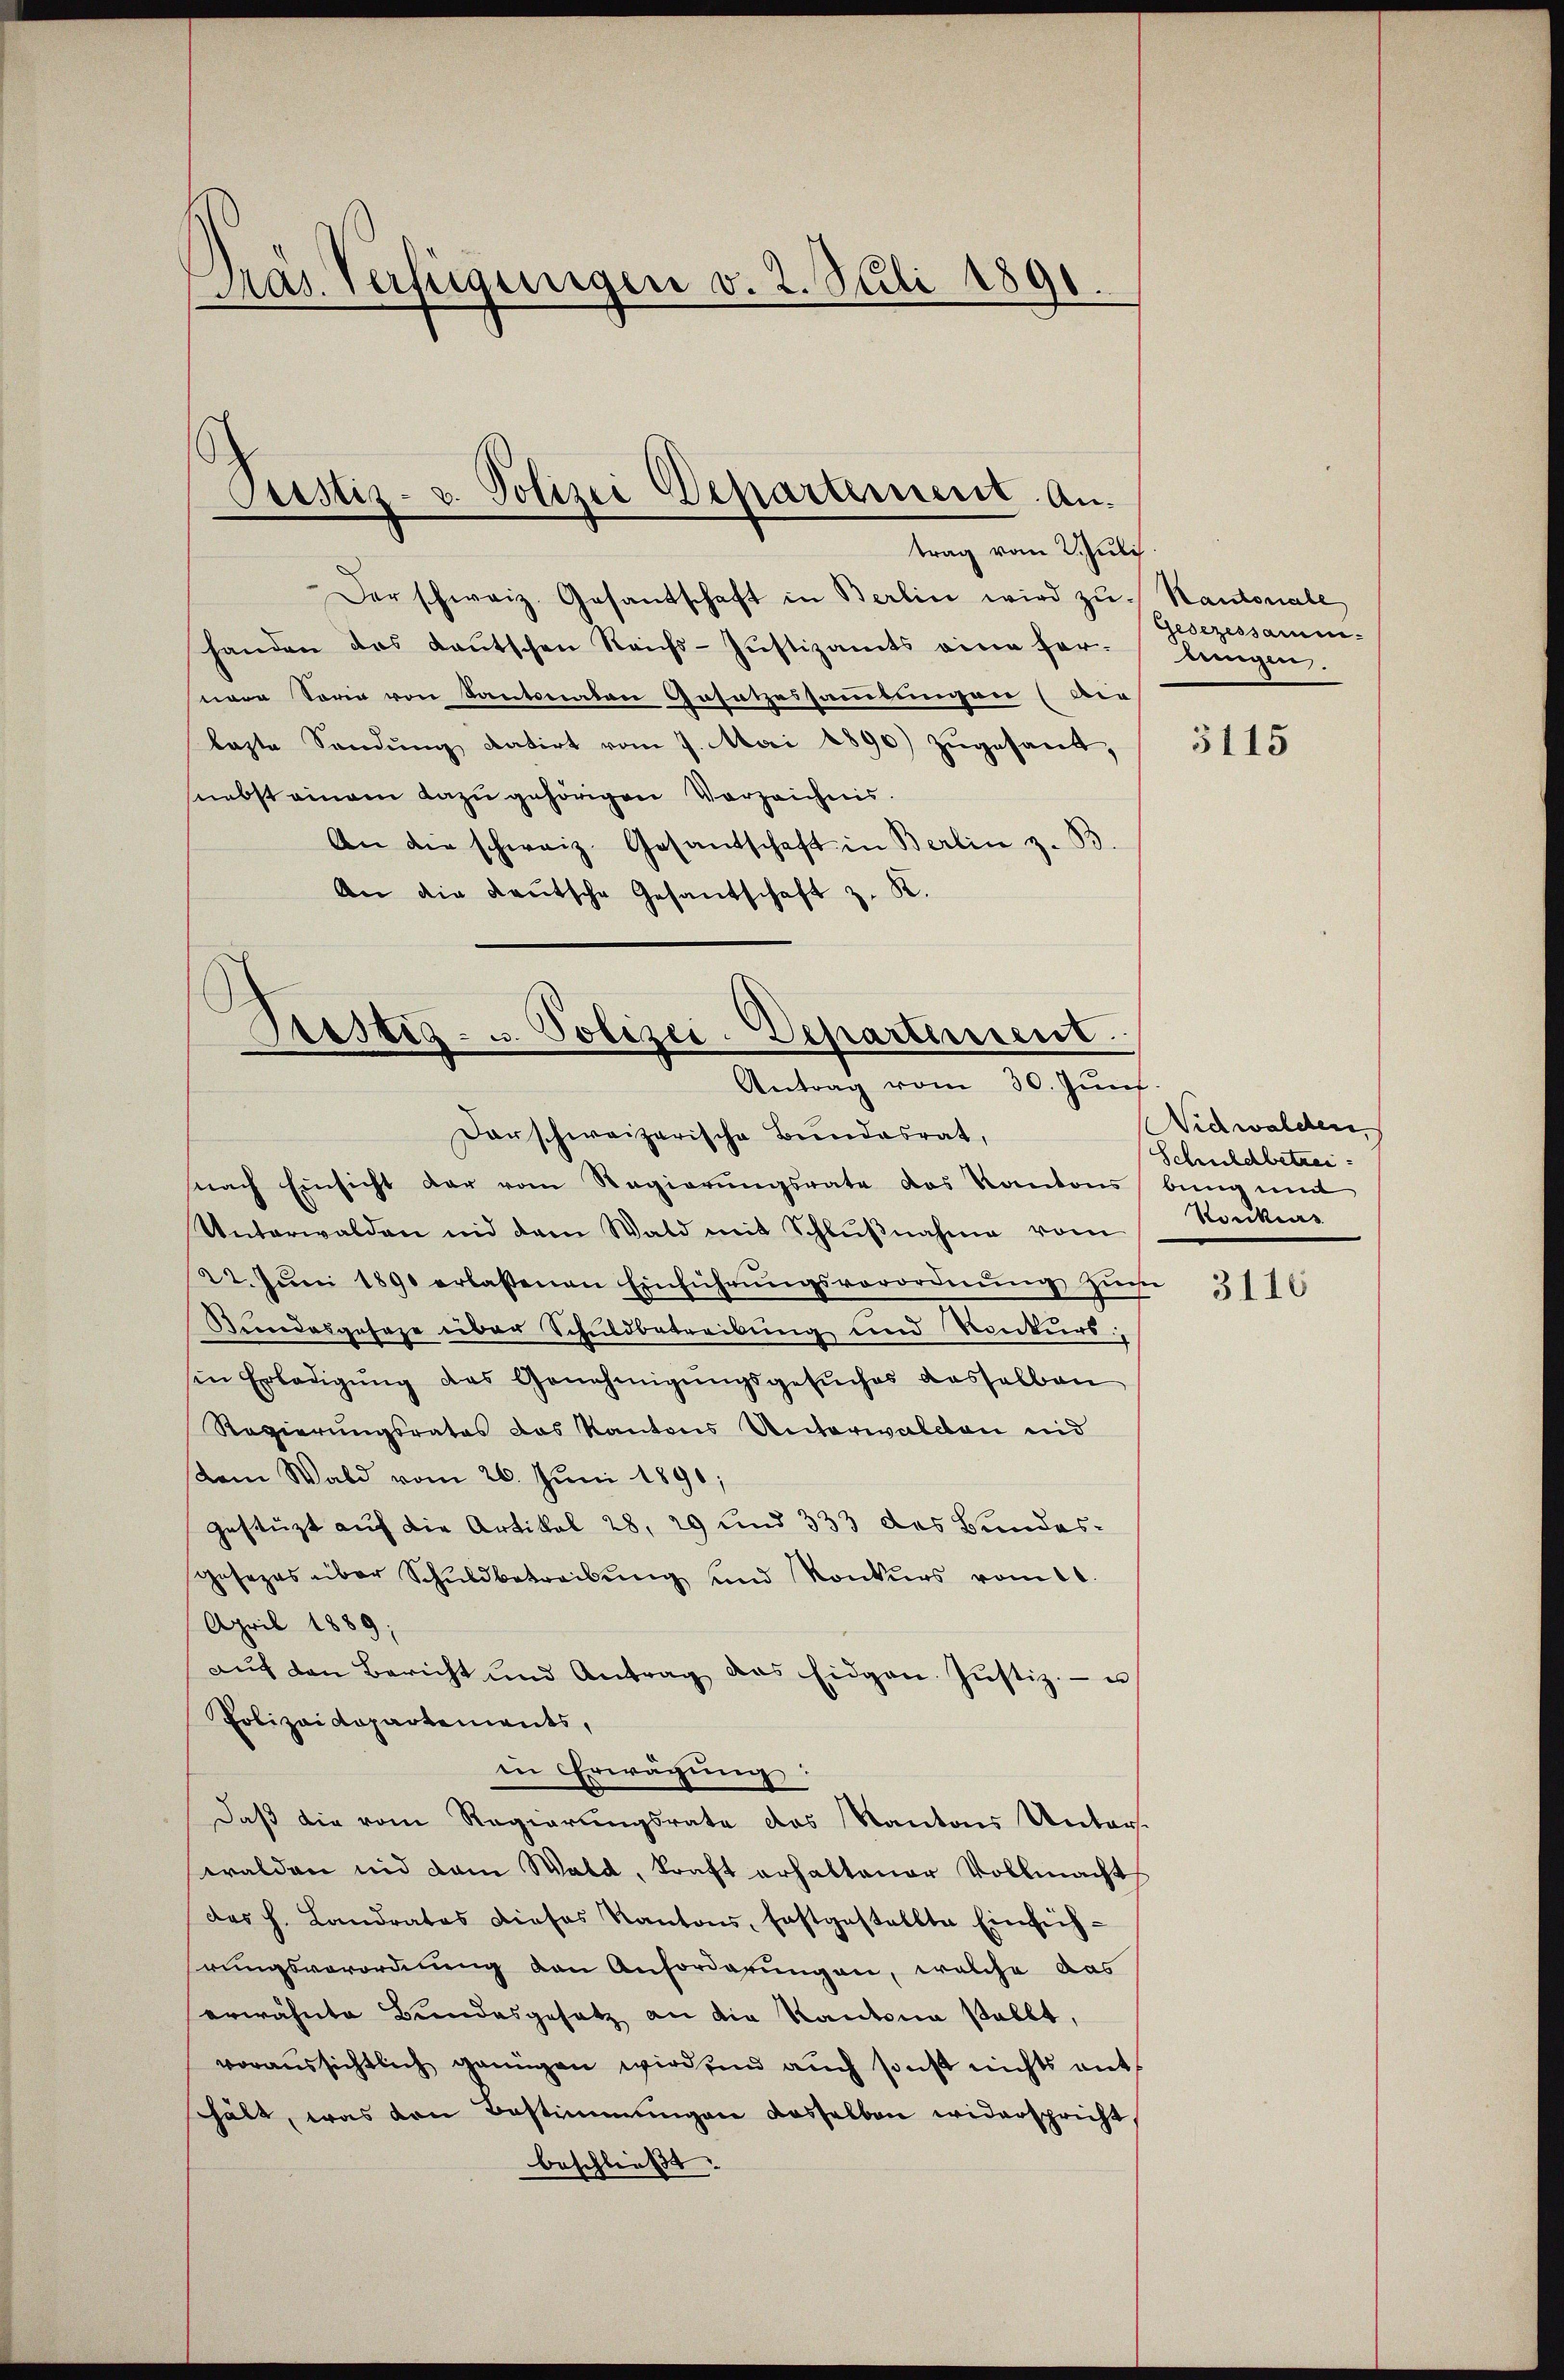
Präs. Verfügungen v. 2. Juli 1890.

Justiz- u. Polizei Departement Antrag vom 2. Juli

Der schweiz. Gesandschaft in Berlin wird zu Kantonale
handen das Lautschen Reichs-Justizamts eine fer-
nara Serie von Kantonaten Gesetzessammlungen (wir
laste Sendung datirt vom 7. Mai 1896) zugesant,
nebst einem dazu gehörigen Verzeichnis.
An die schweiz. Gesandschaft in Berlin z. B
An die deutsche Gesandtschaft z. K.

Fristig- u. Polizei-Departinsent.
Antrag vom 30. Juni
darschweizerische Bundesrat,

nach Einsicht der vom Regierŭngsrate das Kantons bŭng mit
Unterwalden und dem Wald mit Schlŭβnahme vom
22. Jŭni 1890 erlassenen Einführŭngsverordnŭng zŭm
Stundesgeseze über Schuldbetreibung und Konkurs,
sen Erledigŭng des Genehmigŭngsgesŭches dasselben
Regierungsrates das Kantons Unterwalden und
dem Wald vom 26. Juni 1890;
gestüzt auf die Artikal 28, 29 und 333 des Bundesgesezes über Schŭldbetreibŭng und Konkŭrs vom 10.
April 1889;
aŭf den Bericht und Antrag das Eidgen. Jŭstiz- u
Polizeidepartements,
in Erwägŭng:
Daß die vom Regierungsrate des Kantons Unters.
walden und dam Wald, Kraft erhaltener Vollmacht
das h. Landrates dieses Kantons, festgestellte Einsichrungsverordnung von Anforderungen, welche das
erwähnte Bundesgesetz an die Kantona stellt,
voraussichtlich genügen wird und auch sonst nichts ant
schält, was den Bestimmungen dasselben widerspricht
beschließt:

Gesezessammlungen.

5115

Vidwalden
Schuldbetreie

3110